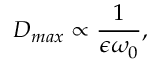
D _ { m a x } \propto \frac { 1 } { \epsilon \omega _ { 0 } } ,